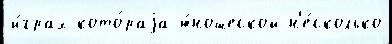
и́грах кото́раjа ю́ношеской н'е́сколько